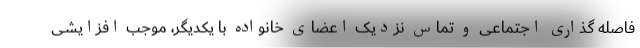
فاصله گذاری اجتماعی و تماس نزدیک اعضای خانواده با یکدیگر، موجب افزایشی